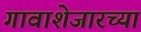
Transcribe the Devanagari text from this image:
गावाशेजारच्या